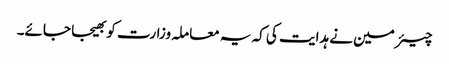
چیئرمین نے ہدایت کی کہ یہ معاملہ وزارت کو بھیجا جائے۔